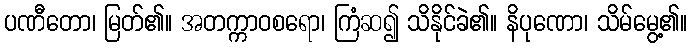
ပဏီတော၊ မြတ်၏။ အတက္ကာဝစရော၊ ကြံဆ၍ သိနိုင်ခဲ၏။ နိပုဏော၊ သိမ်မွေ့၏။